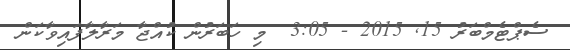
ސެޕްޓެމްބަރު 15